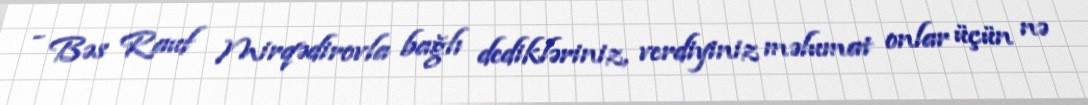
- Bəs Rauf Mirqədirovla bağlı dedikləriniz, verdiyiniz məlumat onlar üçün nə